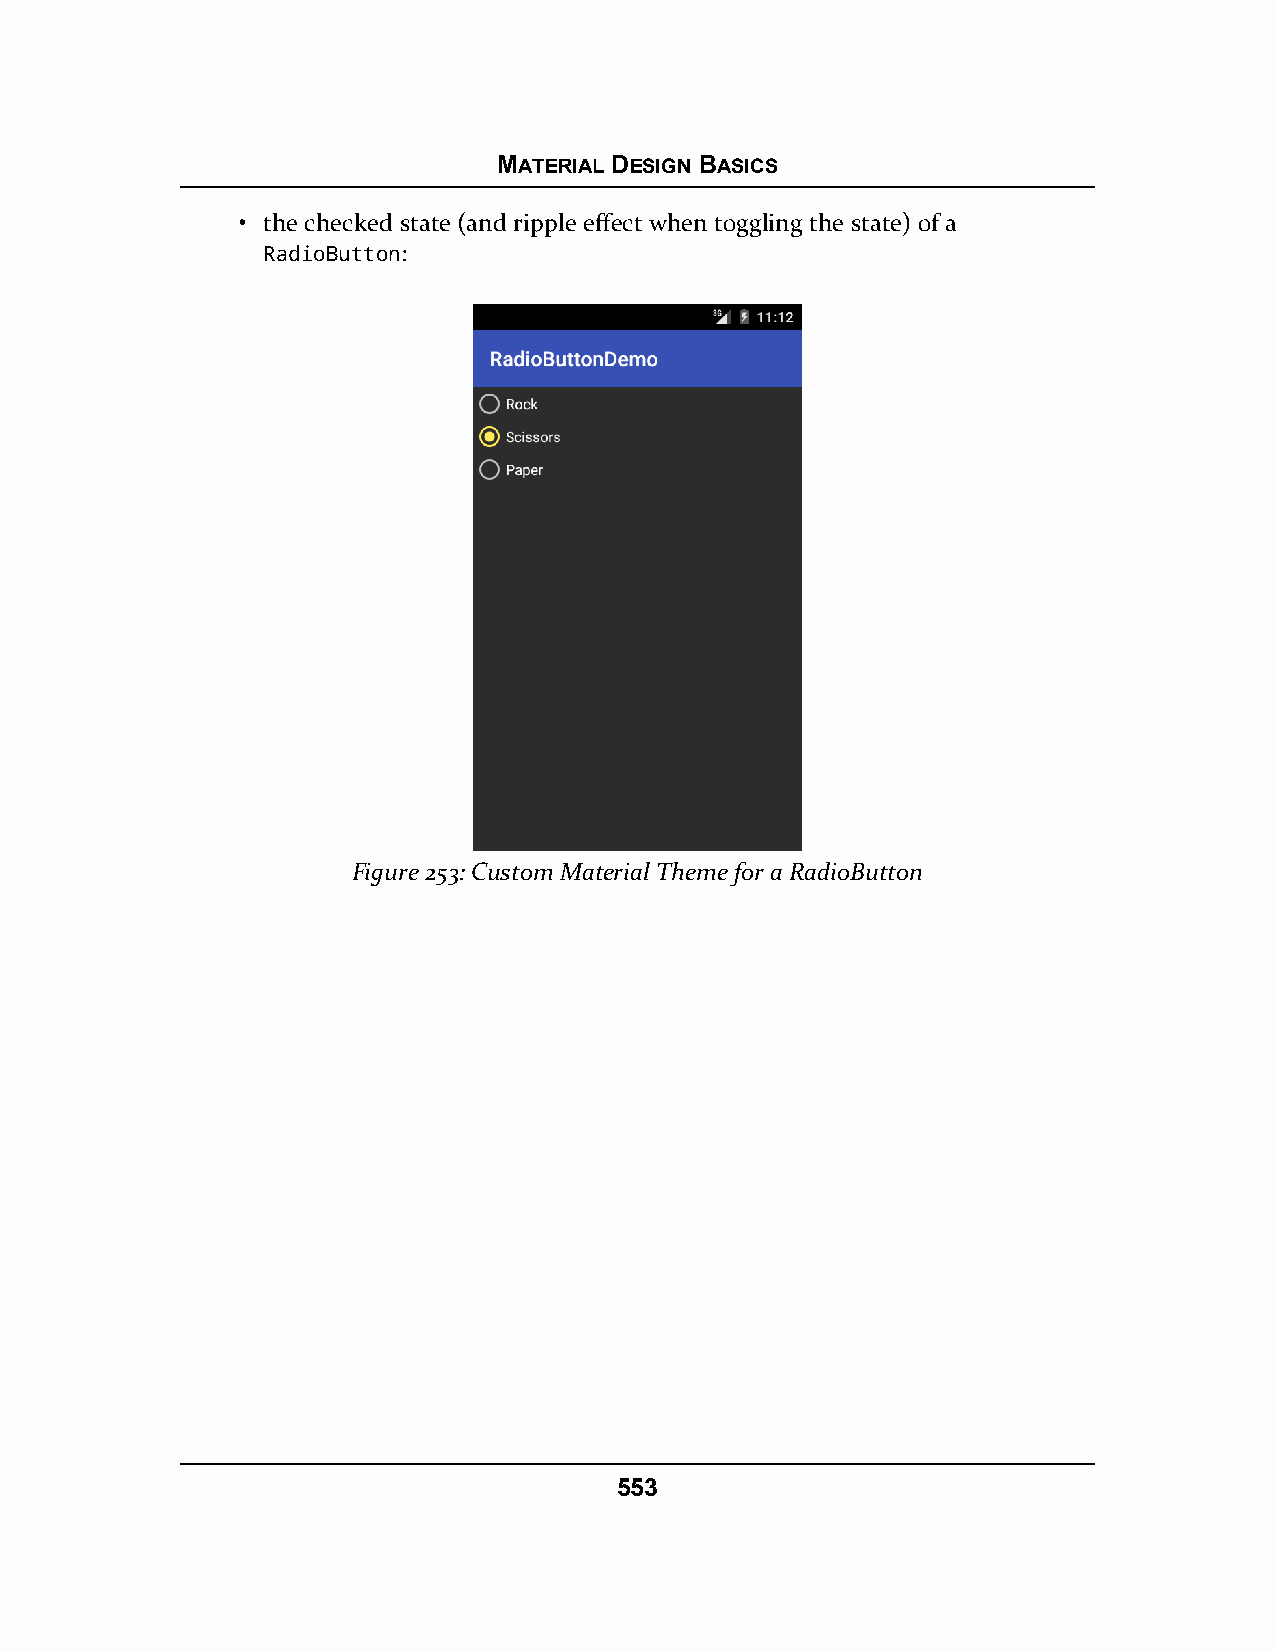
MATERIAL DESIGN BASICS
 • the checked state (and ripple effect when toggling the state) of a
 RadioButton:
 Figure 253: Custom Material Theme for a RadioButton
 553